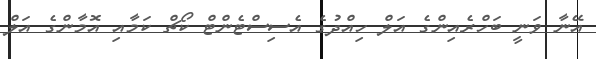
އޭނާ ވަނީ ބަހްރެއިންގެ އަލް ހިއްދުގެ އެސިސްޓެންޓް ކޯޗް ކަމާއި އޮމާންގެ އަލް